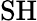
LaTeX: \mathrm{SH}